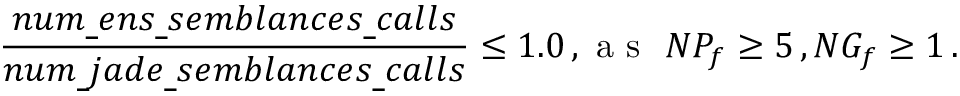
\frac { n u m \underline { \ } e n s \underline { \ } s e m b l a n c e s \underline { \ } c a l l s } { n u m \underline { \ } j a d e \underline { \ } s e m b l a n c e s \underline { \ } c a l l s } \le 1 . 0 \, , \mathrm { ~ a ~ s ~ \ } N P _ { f } \ge 5 \, , N G _ { f } \ge 1 \, .